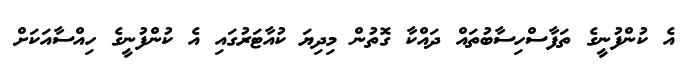
އެ ކުންފުނީގެ ތަފާސްހިސާބުތައް ދައްކާ ގޮތުން މިދިޔަ ކުއާޓަރުގައި އެ ކުންފުނީގެ ހިއްސާއަކަށް